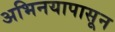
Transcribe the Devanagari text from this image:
अभिनयापासून